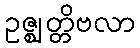
ဥဇ္ဈတ္တိဗလာ